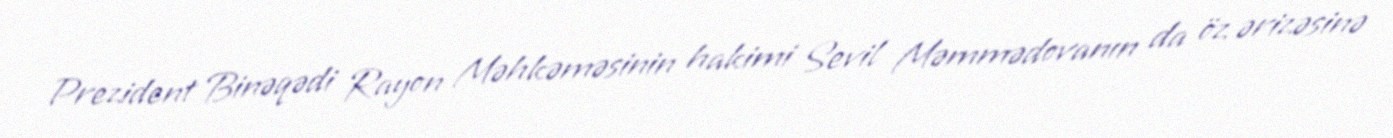
Prezident Binəqədi Rayon Məhkəməsinin hakimi Sevil Məmmədovanın da öz ərizəsinə